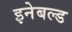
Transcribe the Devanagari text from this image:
इनेबल्ड